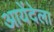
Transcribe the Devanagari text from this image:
आयेंदेला